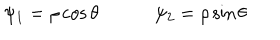
\psi _ { 1 } = \rho \cos \theta \qquad \quad \psi _ { 2 } = \rho \sin \theta